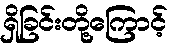
ရှိခြင်းတို့ကြောင့်